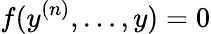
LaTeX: f(y^{(n)},\ldots,y)=0